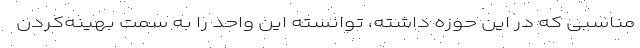
مناسبی که در این حوزه داشته، توانسته این واحد را به سمت بهینه‌کردن